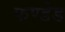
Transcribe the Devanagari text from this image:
फण्डेड